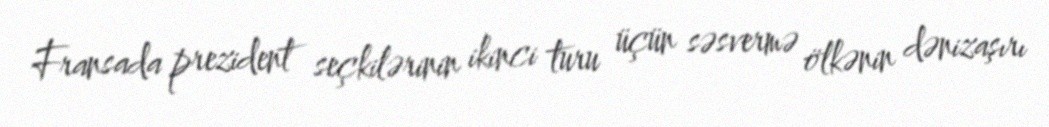
Fransada prezident seçkilərinin ikinci turu üçün səsvermə ölkənin dənizaşırı